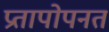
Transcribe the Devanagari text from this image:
प्रतापोपनत